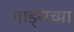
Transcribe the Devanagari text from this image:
गार्ड्‌सच्या